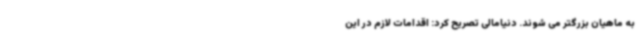
به ماهیان بزرگتر می شوند. دنیامالی تصریح کرد: اقدامات لازم در این